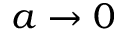
a \rightarrow 0